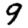
Digit: 9